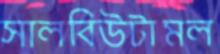
সালবিউটামল